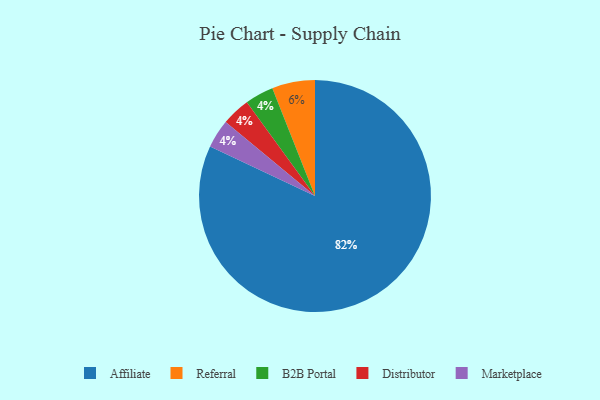
{"axis": {"x": "Category", "y": "Percentage"}, "legend": ["Affiliate", "B2B Portal", "Distributor", "Marketplace", "Referral"], "data": [{"x": "B2B Portal", "y": 4, "type": "B2B Portal"}, {"x": "Affiliate", "y": 82, "type": "Affiliate"}, {"x": "Referral", "y": 6, "type": "Referral"}, {"x": "Distributor", "y": 4, "type": "Distributor"}, {"x": "Marketplace", "y": 4, "type": "Marketplace"}]}